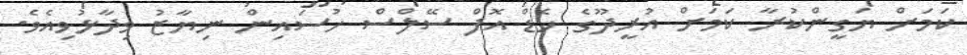
ކަމަށް ޔަގީންކުރާ ކަމަށް އުރީދޫގެ ހެޑް އޮފް ސޭލްސް ހުސައިން ނިޔާޒު ވިދާޅުވިއެވެ.